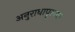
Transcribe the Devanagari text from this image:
अनुराधापूरच्या